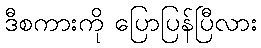
ဒီစကားကို ပြောပြန်ပြီလား